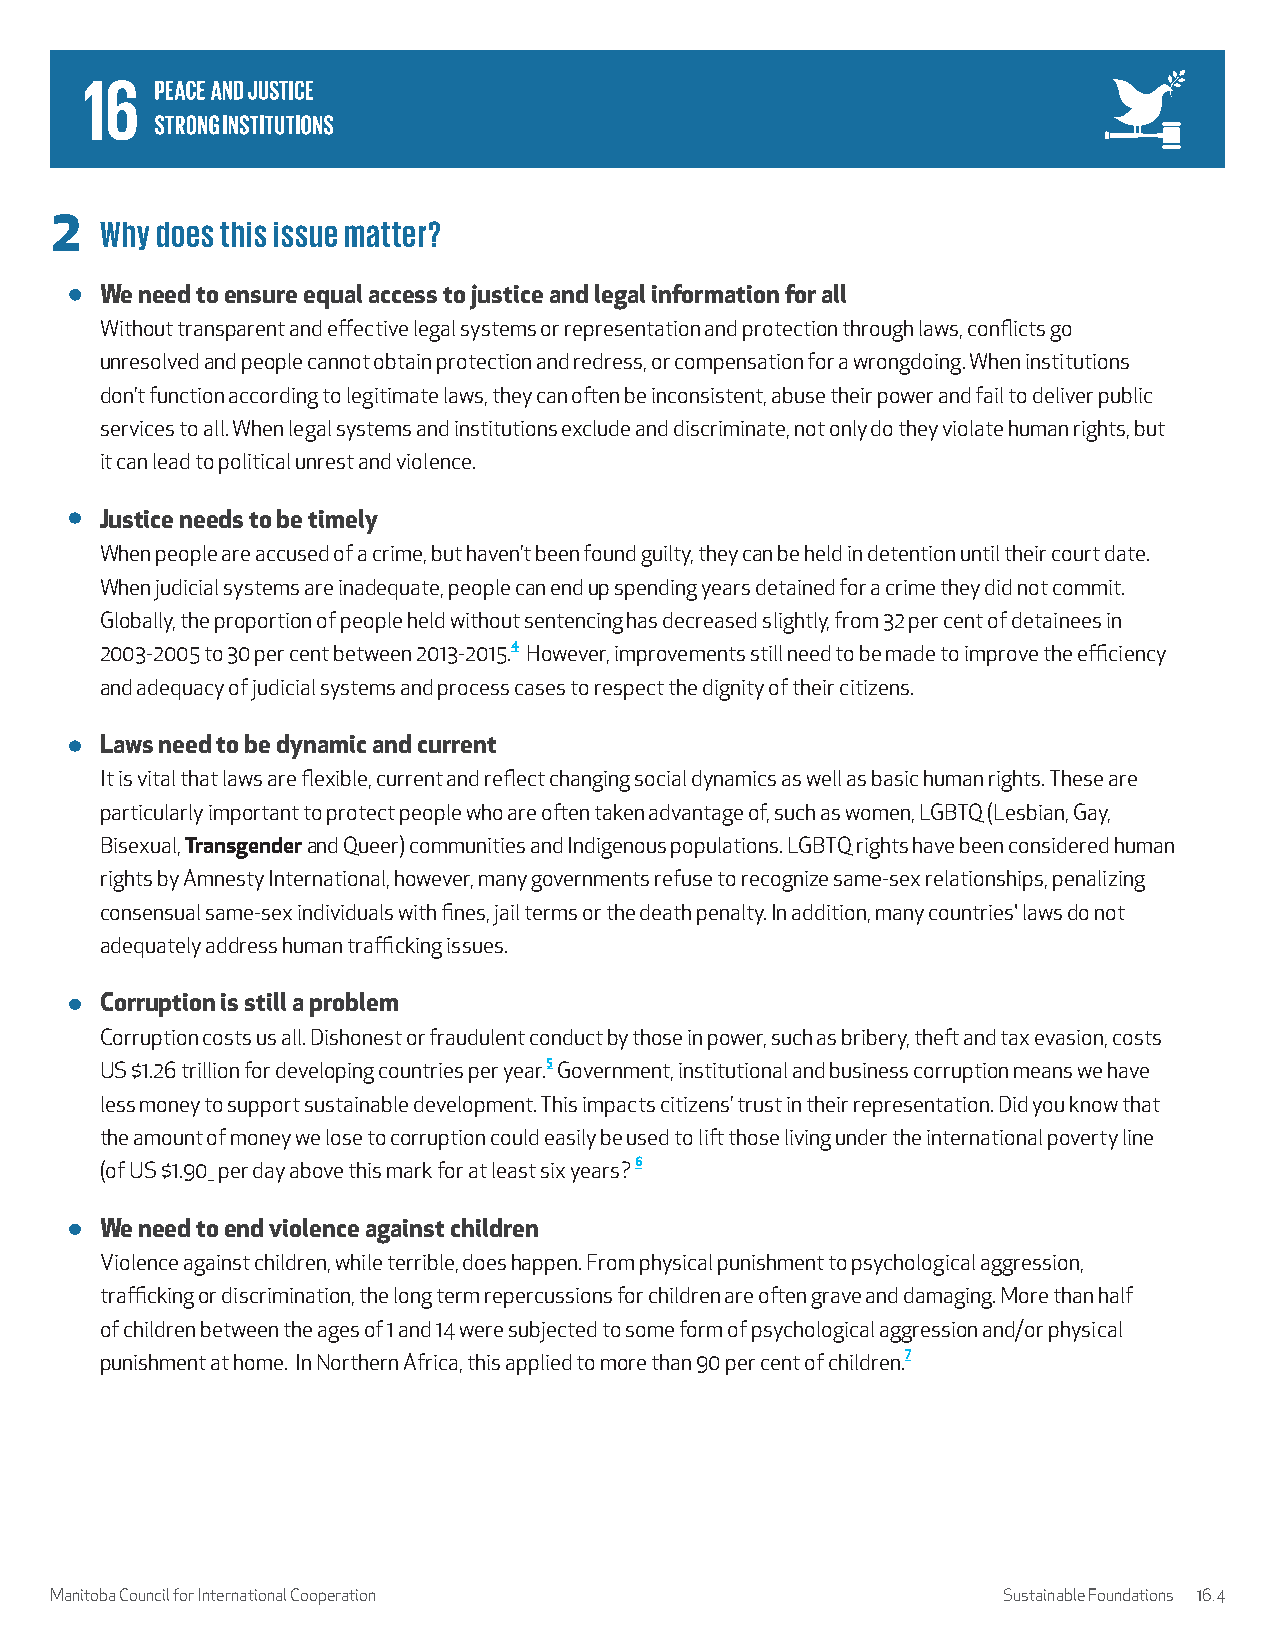
2   Why does this issue matter?
 We need to ensure equal access to justice and legal information for all
 Without transparent and effective legal systems or representation and protection through laws, conflicts go
 unresolved and people cannot obtain protection and redress, or compensation for a wrongdoing. When institutions
 don’t function according to legitimate laws, they can often be inconsistent, abuse their power and fail to deliver public
 services to all. When legal systems and institutions exclude and discriminate, not only do they violate human rights, but
 it can lead to political unrest and violence.
 Justice needs to be timely
 When people are accused of a crime, but haven’t been found guilty, they can be held in detention until their court date.
 When judicial systems are inadequate, people can end up spending years detained for a crime they did not commit.
 Globally, the proportion of people held without sentencing has decreased slightly, from 32 per cent of detainees in
 2003-2005 to 30 per cent between 2013-2015.4 However, improvements still need to be made to improve the efficiency
 and adequacy of judicial systems and process cases to respect the dignity of their citizens.
 Laws need to be dynamic and current
 It is vital that laws are flexible, current and reflect changing social dynamics as well as basic human rights. These are
 particularly important to protect people who are often taken advantage of, such as women, LGBTQ (Lesbian, Gay,
 Bisexual, Transgender and Queer) communities and Indigenous populations. LGBTQ rights have been considered human
 rights by Amnesty International, however, many governments refuse to recognize same-sex relationships, penalizing
 consensual same-sex individuals with fines, jail terms or the death penalty. In addition, many countries' laws do not
 adequately address human trafficking issues.
 Corruption is still a problem
 Corruption costs us all. Dishonest or fraudulent conduct by those in power, such as bribery, theft and tax evasion, costs
 US $1.26 trillion for developing countries per year.5 Government, institutional and business corruption means we have
 less money to support sustainable development. This impacts citizens’ trust in their representation. Did you know that
 the amount of money we lose to corruption could easily be used to lift those living under the international poverty line
 (of US $1.90_ per day above this mark for at least six years? 6
 We need to end violence against children
 Violence against children, while terrible, does happen. From physical punishment to psychological aggression,
 trafficking or discrimination, the long term repercussions for children are often grave and damaging. More than half
 of children between the ages of 1 and 14 were subjected to some form of psychological aggression and/or physical
 punishment at home. In Northern Africa, this applied to more than 90 per cent of children.7
 Manitoba Council for International Cooperation                 Sustainable Foundations 16.4